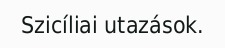
Szicíliai utazások.